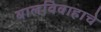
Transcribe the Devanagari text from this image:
बालविवाहाचे